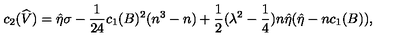
c _ { 2 } ( \widehat { V } ) = \hat { \eta } \sigma - \frac { 1 } { 2 4 } c _ { 1 } ( B ) ^ { 2 } ( n ^ { 3 } - n ) + \frac { 1 } { 2 } ( \lambda ^ { 2 } - \frac { 1 } { 4 } ) n \hat { \eta } ( \hat { \eta } - n c _ { 1 } ( B ) ) ,